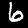
Digit: 6